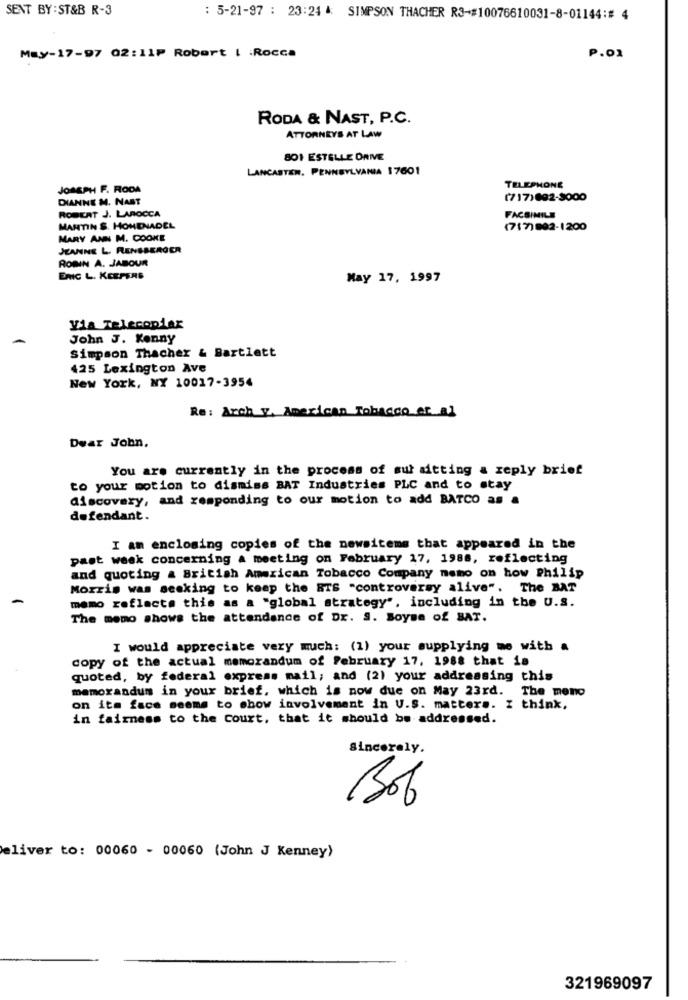
SENT BY : ST&B R-3
: 5-21-97 : 23:24 4: SIMPSON THACHER R3-#10076610031-8-01144:# 4
May-17-97 02: 11P Robert I .Rocca
P.01
RODA & NAST, P.C.
ATTORNEYS AT LAW
801 ESTELLE DRIVE
LANCASTER. PENNSYLVANIA 17601
JOSEPH F. RODA
TELEPHONE
DIANNE M. NAST
(717)692-3000
ROBERT J. LAROCCA
FACSIMILE
MARTIN S. HOMENADEL
(717)892-1200
MARY ANN M. COOKE
JEANNE L. RENSBERGER
ROBIN A. JABOUR
ERIC L. KEEPERS
May 17, 1997
Via Telecopiar
John J. Kenny
Simpson Thacher & Bartlett
425 Lexington Ave
New York, NY 10017-3954
Re: Arch y. American Tobacco of al
Dear John.
You are currently in the process of sut sitting a reply brief
to your motion to dismiss BAT Industries PLC and to stay
discovery, and responding to our motion to add BATCO as a
defendant.
I am enclosing copies of the newsitems that appeared in the
past week concerning a meeting on February 17, 1986, reflecting
and quoting a British American Tobacco Company memo on how Philip
Morris was seeking to keep the BTS -controversy alive". The BAT
memo reflecte this as a "global strategy", including in the U.S.
The memo shows the attendance of Dr. S. Boyse of BAT.
I would appreciate very much: (1) your supplying me with a
copy of the actual memorandum of February 17, 1988 that is
quoted, by federal express mail; and (2) your addressing this
memorandum in your brief, which is now due on May 23rd. The meno
on its face seems to show involvement in U.S. matters. I think,
in fairness to the Court, that it should be addressed.
Sincerely.
Bob
eliver to: 00060 - 00060 (John J Kenney)
321969097